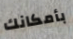
بأمكانك